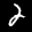
Label: 2